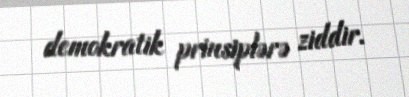
demokratik prinsiplərə ziddir.